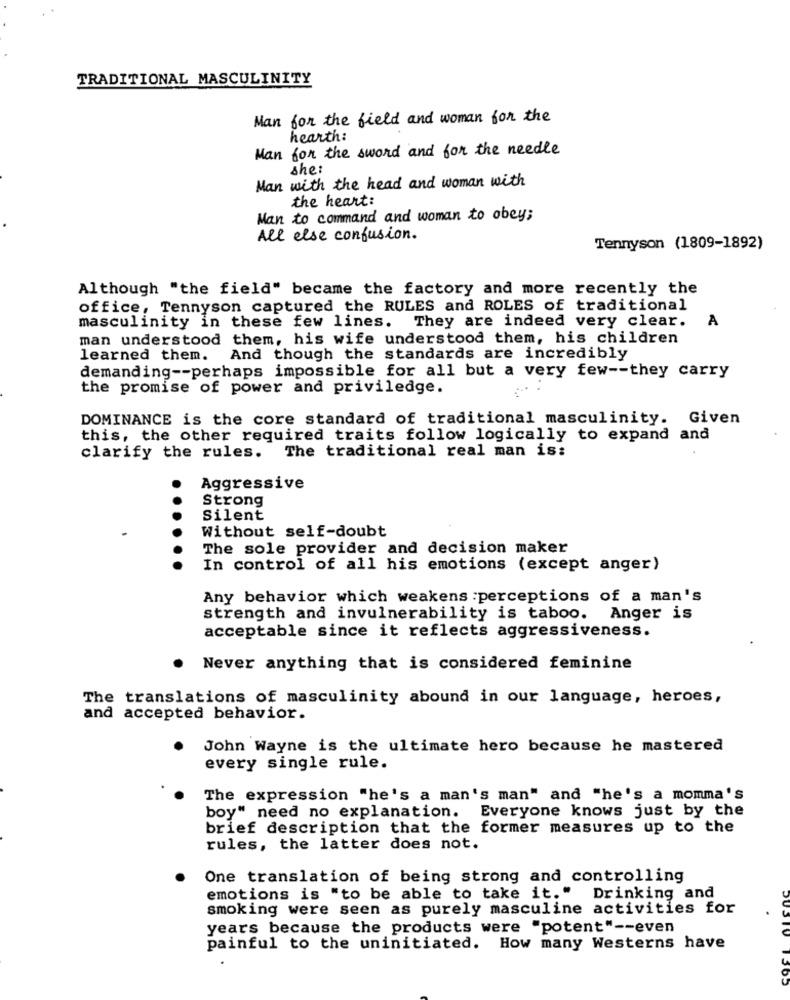
TRADITIONAL MASCULINITY
Man for the field and woman for the
hearth:
Man for the sword and for the needle
she:
Man with the head and woman with
the heart:
Man to command and woman to obey;
All else confusion.
Tennyson (1809-1892)
Although "the field" became the factory and more recently the
office, Tennyson captured the RULES and ROLES of traditional
A
masculinity in these few lines. They are indeed very clear.
man understood them, his wife understood them, his children
learned them. And though the standards are incredibly
demanding -- perhaps impossible for all but a very few -- they carry
the promise of power and priviledge.
. .
DOMINANCE is the core standard of traditional masculinity. Given
this, the other required traits follow logically to expand and
The traditional real man is:
clarify the rules.
Aggressive
Strong
Silent
Without self-doubt
The sole provider and decision maker
In control of all his emotions (except anger)
Any behavior which weakens :perceptions of a man's
strength and invulnerability is taboo. Anger is
acceptable since it reflects aggressiveness.
.
Never anything that is considered feminine
The translations of masculinity abound in our language, heroes,
and accepted behavior.
John Wayne is the ultimate hero because he mastered
every single rule.
The expression "he's a man's man" and "he's a momma's
boy" need no explanation.
Everyone knows just by the
brief description that the former measures up to the
rules, the latter does not.
One translation of being strong and controlling
emotions is "to be able to take it."
Drinking and
smoking were seen as purely masculine activities for
years because the products were "potent" -- even
painful to the uninitiated. How many Westerns have